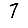
Digit: 7